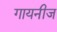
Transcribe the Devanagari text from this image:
गायनीज